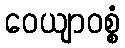
ဝေယျာဝစ္စံ